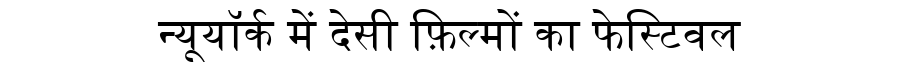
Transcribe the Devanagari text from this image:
न्यूयॉर्क में देसी फ़िल्मों का फेस्टिवल